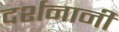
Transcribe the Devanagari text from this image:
दर्शनानी